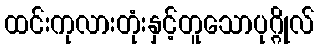
ထင်းကုလားတုံးနှင့်တူသောပုဂ္ဂိုလ်